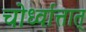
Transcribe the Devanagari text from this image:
चोर्ध्वात्तात्